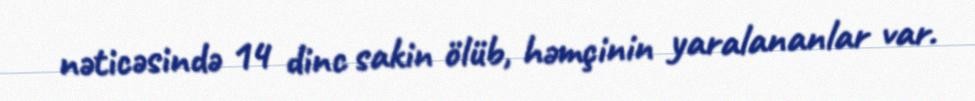
nəticəsində 14 dinc sakin ölüb, həmçinin yaralananlar var.